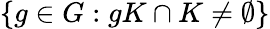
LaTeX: \{ g\in G:gK\cap K\neq\emptyset\}